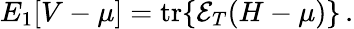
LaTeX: \begin{array}{r}{E_{1}[V-\mu]=\mathrm{tr}\{ \mathcal E_{T}(H-\mu)\} \, .}\end{array}